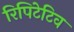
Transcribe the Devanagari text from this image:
रिपिटेटिव